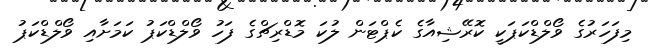
މިފަހަރުގެ ވޯލްޑްކަޕަކީ ކޮރޭޝިއާގެ ކެޕްޓަން ލުކަ މޮޑްރިޗްގެ ފަހު ވޯލްޑްކަޕު ކަމަށާއި ވޯލްޑްކަޕު